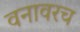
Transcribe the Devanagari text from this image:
वनावरच